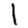
Digit: 1